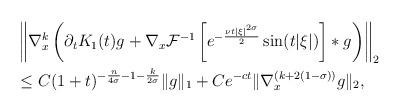
LaTeX: \begin{align*} & \left\| \nabla^{k}_{x} \left( \partial_{t} K_{1}(t)g+\nabla_{x}\mathcal{F}^{-1} \left[e^{-\frac{\nu t |\xi|^{2 \sigma}}{2}} \sin (t |\xi|)\right] \ast g\right)\right\|_{2} \\& \le C(1+t)^{-\frac{n}{4 \sigma}-1-\frac{k}{2 \sigma}}\|g \|_{1}+ C e^{-ct} \| \nabla^{(k+2(1-\sigma))}_{x} g\|_{2}, \end{align*}